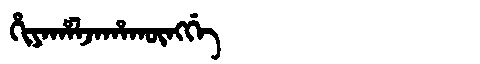
Manchu: ᡥᡳᠶᠠᡥᠠᠯᠵᠠᡥᠠᡴᡡᠩᡤᡝ
Romanization: HIYAHALJAHAKŪNGGE